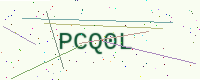
Text: PCQ0L